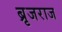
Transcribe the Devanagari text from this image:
ब्रृजराज